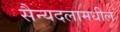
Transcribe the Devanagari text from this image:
सैन्यदलामधील